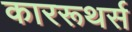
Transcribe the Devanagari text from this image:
काररूथर्स